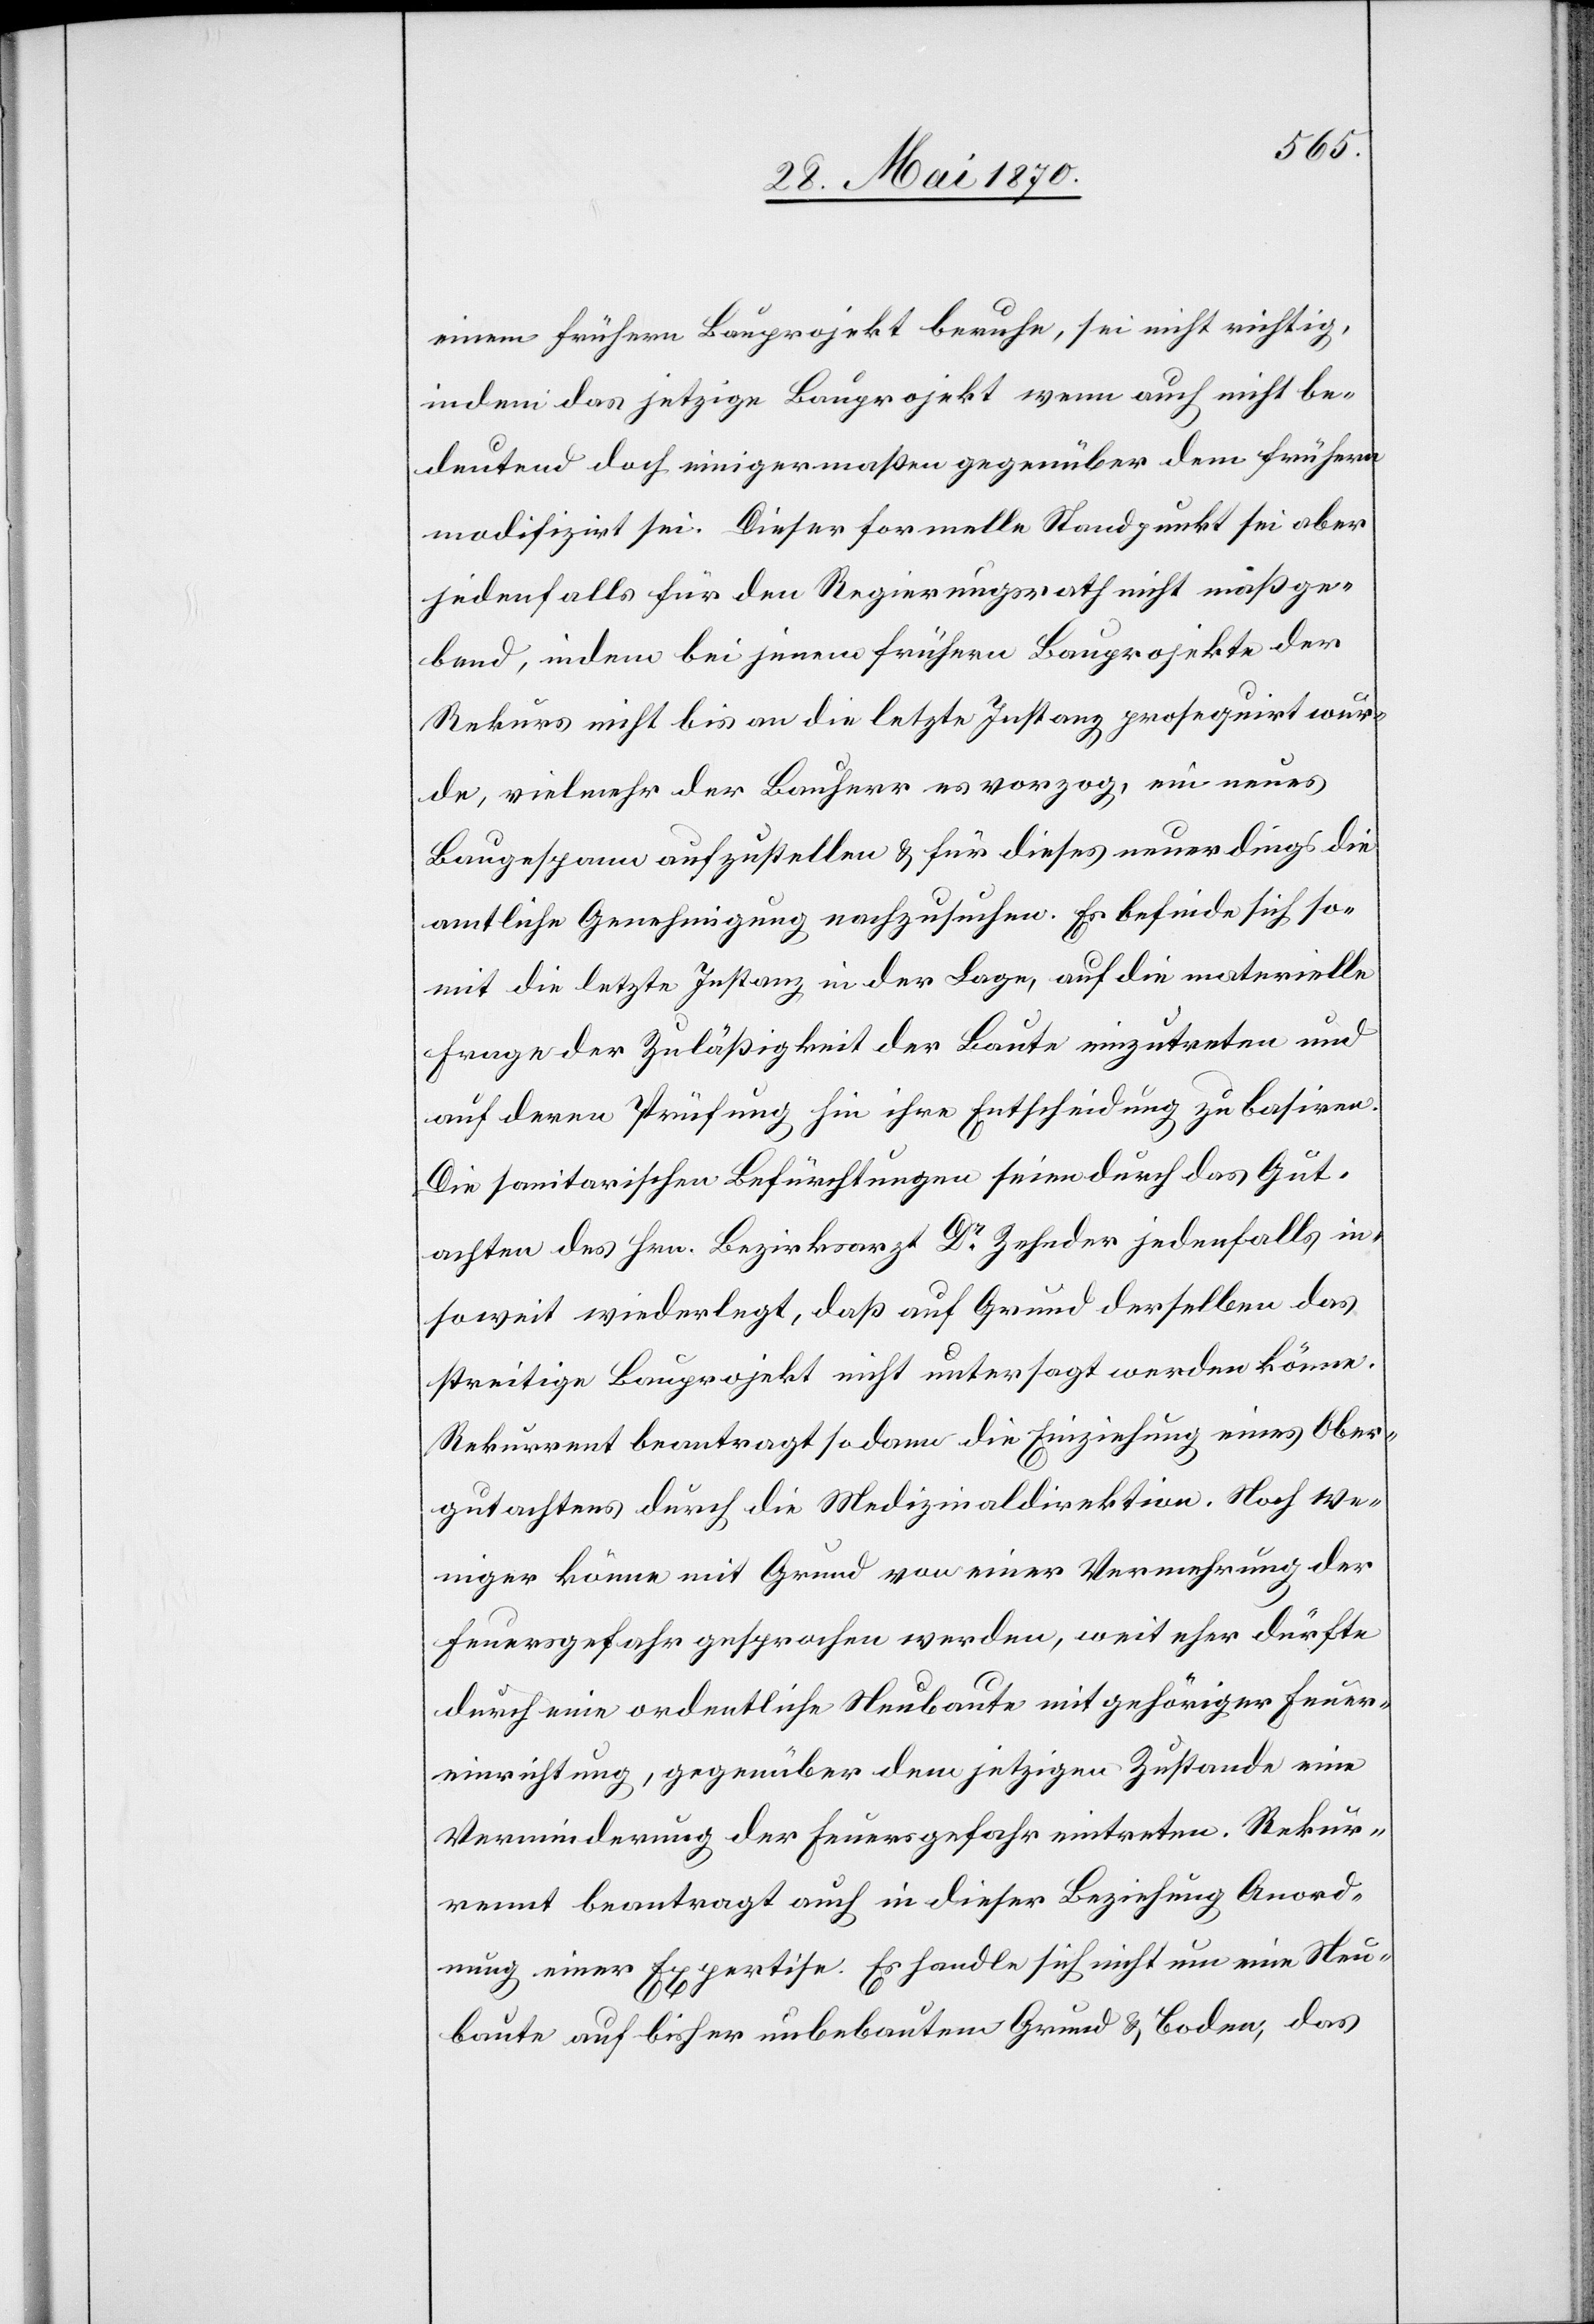
einem frühern Bauprojekt beruhe, sei nicht richtig,
indem das jetzige Bauprojekt wenn auch nicht be¬
deutend doch einigermaßen gegenüber dem frühern
modifizirt sei. Dieser formelle Standpunkt sei aber
jedenfalls für den Regierungsrath nicht maßge¬
bend, indem bei jenem frühern Bauprojekte der
Rekurs nicht bis an die letzte Instanz prosequirt wur¬
de, vielmehr der Bauherr es vorzog, ein neues
Baugespann aufzustellen & für dieses neuerdings die
amtliche Genehmigung nachzusuchen. Es befinde sich so¬
mit die letzte Instanz in der Lage, auf die materielle
Frage der Zuläßigkeit der Baute einzutreten und
auf deren Prüfung hin ihre Entscheidung zu basiren.
Die sanitarischen Befürchtungen seien durch das Gut¬
achten des Hrn. Bezirksarzt Dr Zehnder jedenfalls in¬
soweit wiederlegt, daß auf Grund derselben das
streitige Bauprojekt nicht untersagt werden könne.
Rekurrent beantragt sodann die Einziehung eines Ober¬
gutachtens durch die Medizinaldirektion. Noch we¬
niger könne mit Grund von einer Vermehrung der
Feuersgefahr gesprochen werden, weit eher dürfte
durch eine ordentliche Neubaute mit gehöriger Feuer¬
einrichtung, gegenüber dem jetzigen Zustande eine
Verminderung der Feuersgefahr eintreten. Rekur¬
rent beantragt auch in dieser Beziehung Anord¬
nung einer Expertise. Es handle sich nicht um eine Neu¬
baute auf bisher unbebautem Grund & Boden, das